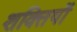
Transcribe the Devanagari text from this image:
शक्तियॉं